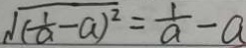
\sqrt { ( \frac { 1 } { a } - a ) ^ { 2 } } = \frac { 1 } { a } - a